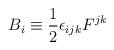
LaTeX: \begin{align*}B_i \equiv \frac{1}{2} \epsilon_{ijk} F^{jk}\end{align*}